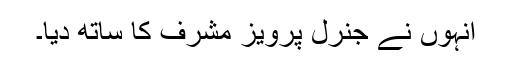
انہوں نے جنرل پرویز مشرف کا ساتھ دیا۔